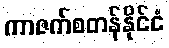
ကာဇက်စတန်နိုင်ငံ